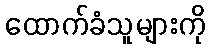
ထောက်ခံသူများကို